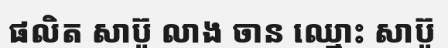
ផលិត សាប៊ូ លាង ចាន ឈ្មោះ សាប៊ូ